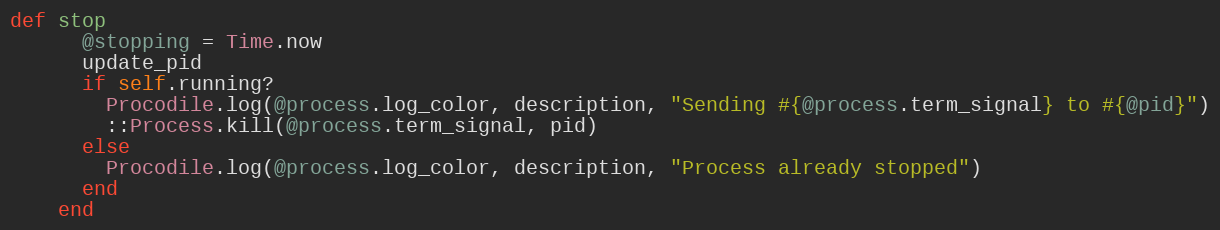
Language: Ruby
def stop
      @stopping = Time.now
      update_pid
      if self.running?
        Procodile.log(@process.log_color, description, "Sending #{@process.term_signal} to #{@pid}")
        ::Process.kill(@process.term_signal, pid)
      else
        Procodile.log(@process.log_color, description, "Process already stopped")
      end
    end